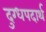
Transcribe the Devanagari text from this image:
दुग्धपदार्थ